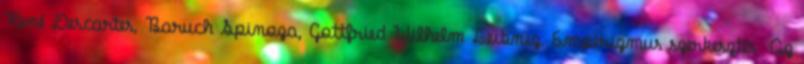
René Descartes, Baruch Spinoza, Gottfried Wilhelm Leibniz. Empirizmus szerkesztés Az